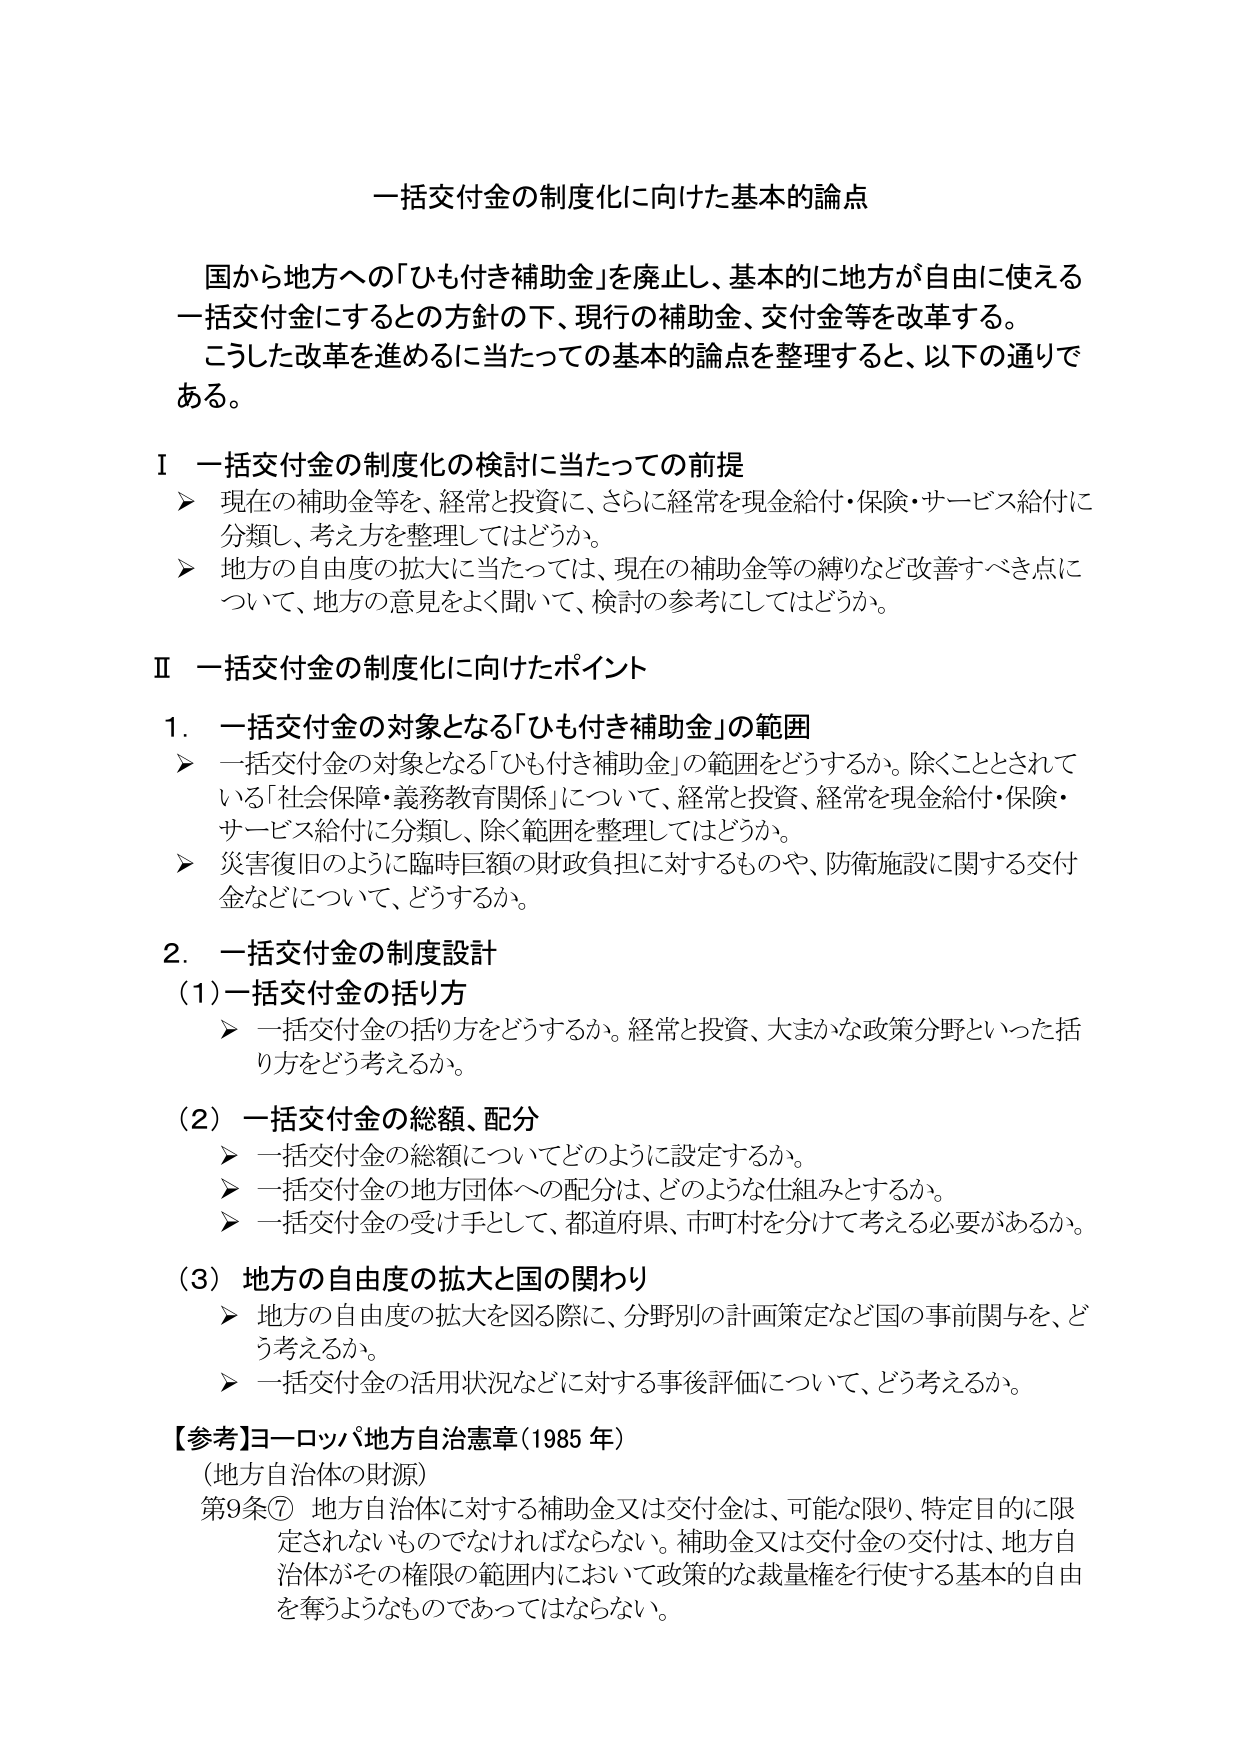
一括交付金の制度化に向けた基本的論点

国から地方への「ひも付き補助金」を廃止し、基本的に地方が自由に使える一括交付金にするとの方針の下、現行の補助金、交付金等を改革する。こうした改革を進めるに当たっての基本的論点を整理すると、以下の通りである。

Ⅰ 一括交付金の制度化の検討に当たっての前提
➤ 現在の補助金等を、経常と投資に、さらに経常を現金給付・保険・サービス給付に分類し、考え方を整理してはどうか。
➤ 地方の自由度の拡大に当たっては、現在の補助金等の縛りなど改善すべき点について、地方の意見をよく聞いて、検討の参考にしてはどうか。

Ⅱ 一括交付金の制度化に向けたポイント

1. 一括交付金の対象となる「ひも付き補助金」の範囲
➤ 一括交付金の対象となる「ひも付き補助金」の範囲をどうするか。除くこととされている「社会保障・義務教育関係」について、経常と投資、経常を現金給付・保険・サービス給付に分類し、除く範囲を整理してはどうか。
➤ 災害復旧のように臨時巨額の財政負担に対するものや、防衛施設に関する交付金などについて、どうするか。

2. 一括交付金の制度設計
（1）一括交付金の括り方
➤ 一括交付金の括り方をどうするか。経常と投資、大まかな政策分野といった括り方をどう考えるか。

（2）一括交付金の総額、配分
➤ 一括交付金の総額についてどのように設定するか。
➤ 一括交付金の地方団体への配分は、どのような仕組みとするか。
➤ 一括交付金の受け手として、都道府県、市町村を分けて考える必要があるか。

（3）地方の自由度の拡大と国の関わり
➤ 地方の自由度の拡大を図る際に、分野別の計画策定など国の事前関与を、どう考えるか。
➤ 一括交付金の活用状況などに対する事後評価について、どう考えるか。

【参考】ヨーロッパ地方自治憲章（1985年）
（地方自治体の財源）
第9条⑦ 地方自治体に対する補助金又は交付金は、可能な限り、特定目的に限定されないものでなければならない。補助金又は交付金の交付は、地方自治体がその権限の範囲内において政策的な裁量権を行使する基本的自由を奪うようなものであってはならない。